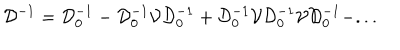
LaTeX: { \mathcal D } ^ { - 1 } = { \mathcal D } _ { 0 } ^ { - 1 } - { \mathcal D } _ { 0 } ^ { - 1 } { \mathcal V } { \mathcal D } _ { 0 } ^ { - 1 } + { \mathcal D } _ { 0 } ^ { - 1 } { \mathcal V } { \mathcal D } _ { 0 } ^ { - 1 } { \mathcal V } { \mathcal D } _ { 0 } ^ { - 1 } - . . .